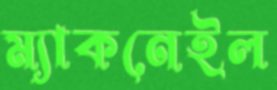
ম্যাকনেইল